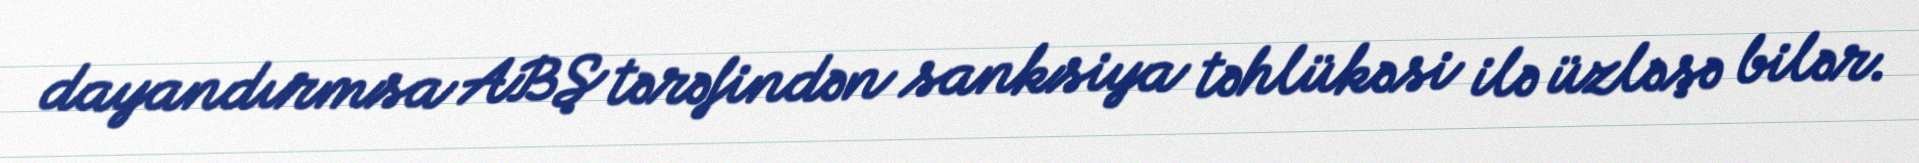
dayandırmsa ABŞ tərəfindən sanksiya təhlükəsi ilə üzləşə bilər.